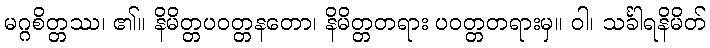
မဂ္ဂစိတ္တဿ၊ ၏။ နိမိတ္တပဝတ္တနတော၊ နိမိတ္တတရား ပဝတ္တတရားမှ။ ဝါ၊ သင်္ခါရနိမိတ်